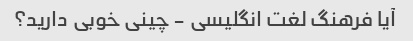
آیا فرهنگ لغت انگلیسی - چینی خوبی دارید؟